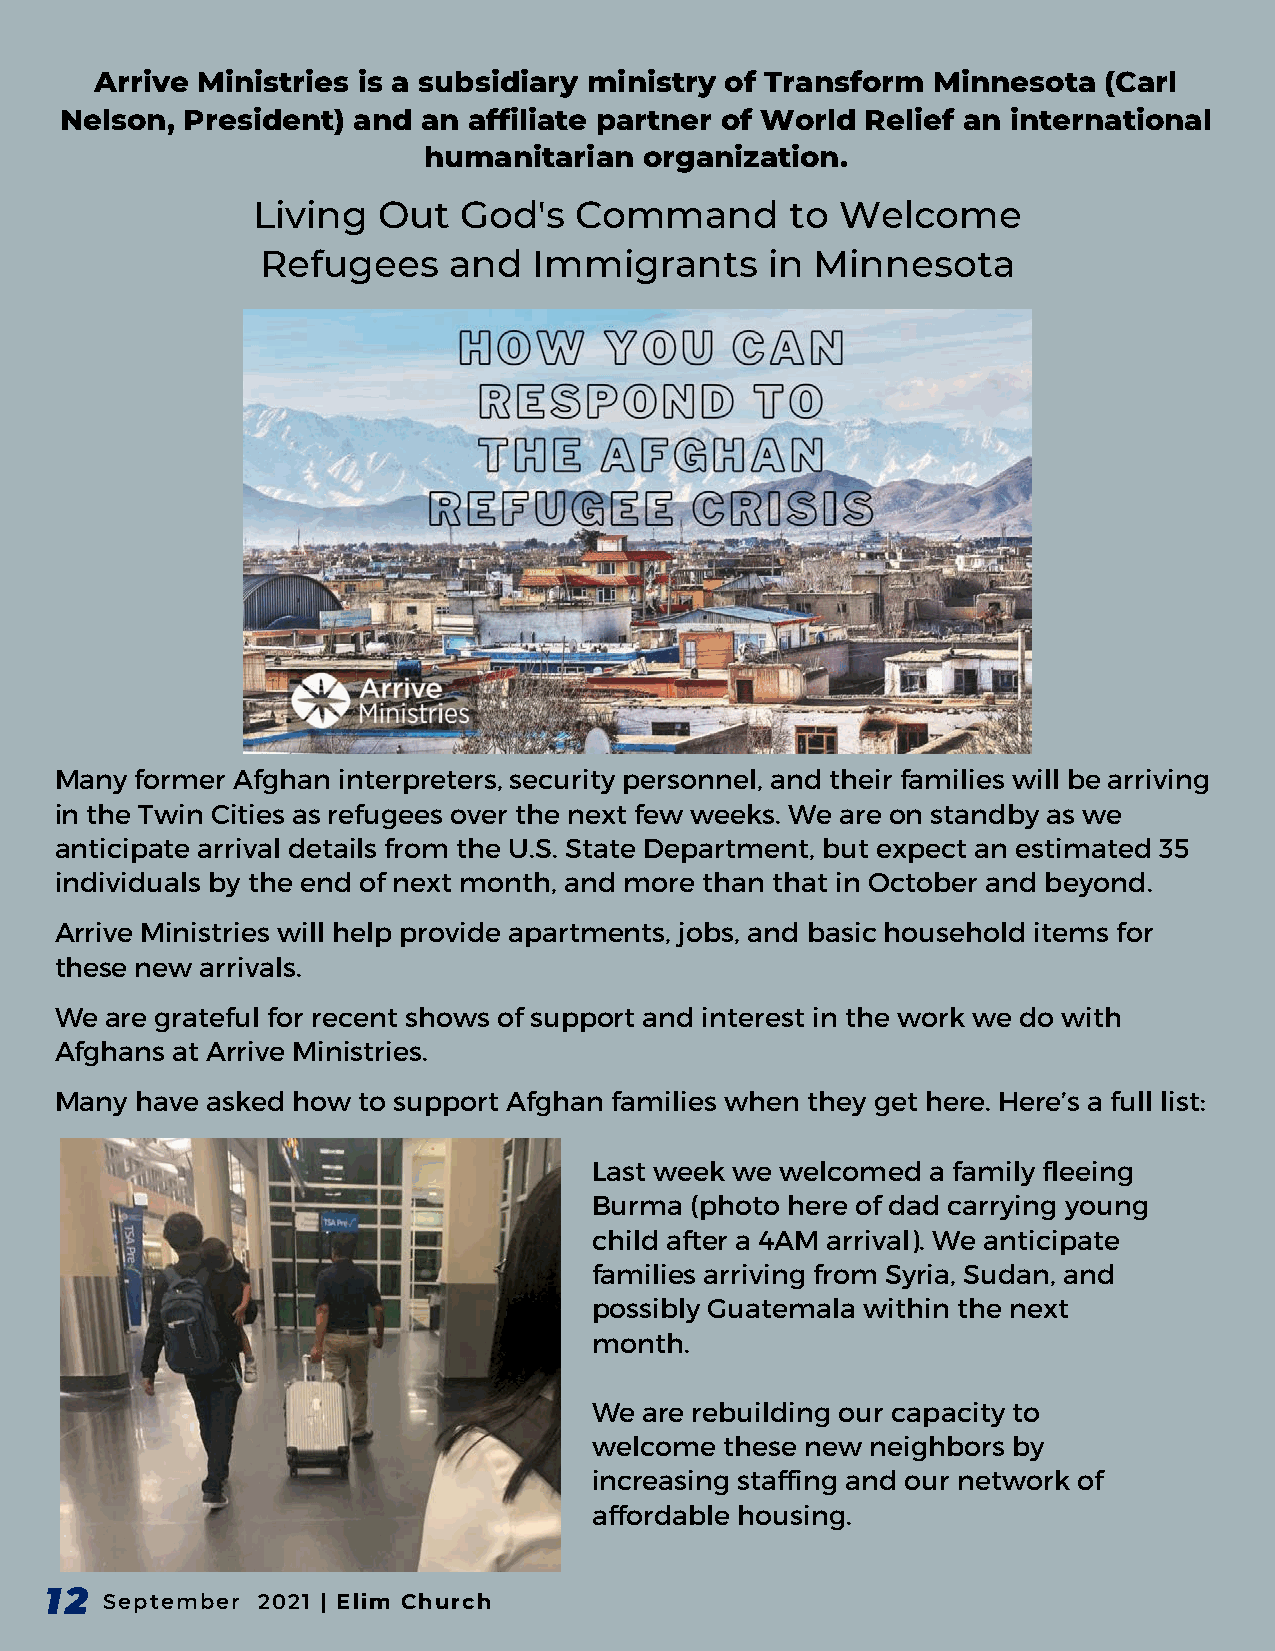
Arrive Ministries is a subsidiary ministry of Transform Minnesota  (Carl
 Nelson, President) and  an affiliate partner of World Relief an international
 humanitarian   organization.
 Living  Out   God's  Command       to  Welcome
 Refugees     and  Immigrants      in Minnesota
 Many former Afghan interpreters, security personnel, and their families will be arriving
 in the Twin Cities as refugees over the next few weeks. We are on standby as we
 anticipate arrival details from the U.S. State Department, but expect an estimated 35
 individuals by the end of next month, and more than that in October and beyond.
 Arrive Ministries will help provide apartments, jobs, and basic household items for
 these new arrivals.
 We are grateful for recent shows of support and interest in the work we do with
 Afghans at Arrive Ministries.
 Many have asked how to support Afghan families when they get here. Here’s a full list:
 Last week we welcomed  a family fleeing
 Burma  (photo here of dad carrying young
 child after a 4AM arrival). We anticipate
 families arriving from Syria, Sudan, and
 possibly Guatemala within the next
 month.
 We  are rebuilding our capacity to
 welcome  these new neighbors by
 increasing staffing and our network of
 affordable housing.
 12
 September 2021 | Elim Church